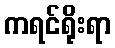
ကရင်ရိုးရာ